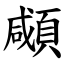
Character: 顑